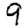
Digit: 9